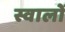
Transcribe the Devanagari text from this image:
स्वालों